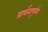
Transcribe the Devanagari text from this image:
प्रार्थनापूर्वक